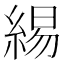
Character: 緆